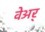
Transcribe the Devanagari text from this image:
वेअर्